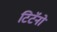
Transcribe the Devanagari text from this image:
टिटॅनो